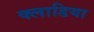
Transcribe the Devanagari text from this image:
क्लाडिया